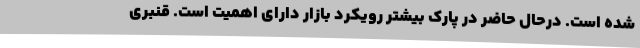
شده است. درحال حاضر در پارک بیشتر رویکرد بازار دارای اهمیت است. قنبری